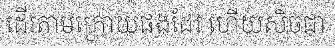
ដើរតាមក្រោយផងដែរ ហើយសិចជា